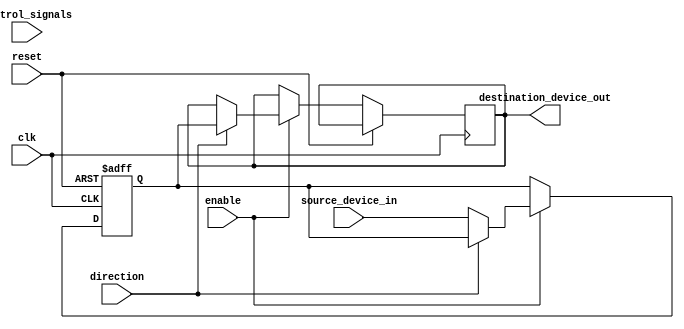
module IO_Blocks_Bus_switch (
    input wire clk,
    input wire reset,
    input wire enable,
    input wire direction,
    input wire [3:0] control_signals,
    input wire [7:0] source_device_in,
    output wire [7:0] destination_device_out
);

reg [7:0] buffer;

always @(posedge clk or posedge reset) begin
    if (reset) begin
        buffer <= 8'h00;
    end else begin
        if (enable) begin
            if (direction) begin
                destination_device_out <= buffer;
            end else begin
                buffer <= source_device_in;
            end
        end
    end
end

endmodule